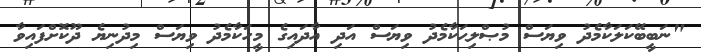
"ނަބީބޭކަލަކާމެދު ވިޔަސް މުޞްލިޙަކާމެދު ވިޔަސް އަދި އާދައިގެ މީހަކާމެދު ވިޔަސް މިދުނިޔެ ދޫކޮށްފައިވާ